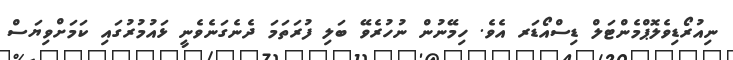
ނިއުރޯޑިވެލޮޕްމެންޓަލް ޑިސްއޯޑަރ އެވެ. ހިމޭނުން ނުހުރެވޭ ބަލި ފުރަތަމަ ދެނެގަނެވެނީ ޅައުމުރުގައި ކަމަށްވިޔަސް